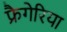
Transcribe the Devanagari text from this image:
फ्रैगेरिया